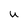
Character: U